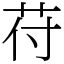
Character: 苻